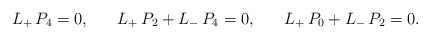
\begin{align*} L_+\,P_4=0,\,\,\,\,\,\,\,\,\,\,L_{+}\,P_2+L_{-}\,P_4=0,\,\,\,\,\,\,\,\,\,\,L_{+}\,P_0+L_{-}\,P_2=0.\end{align*}